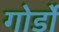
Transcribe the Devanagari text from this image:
गोर्डो